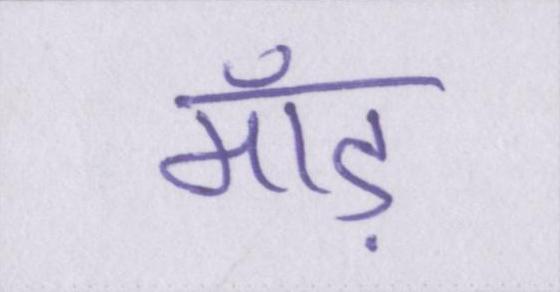
माँड़